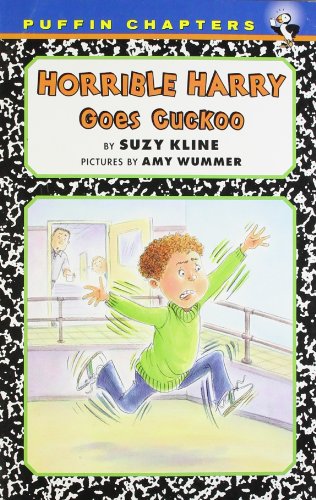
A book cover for Horrible Harry Goes Cuckoo; Suzy Kline; Children's Books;